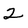
Character: 2